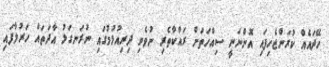
ހޭދައެއް ކުރަންޖެހިފައި އޮންނަނީ ސިއްހަތަށް ރައްކާތެރި ނުވެވި ދިރިއުޅުމުގައި ނުރަނގަޅު އާދަތައް ހަރުލާފައި